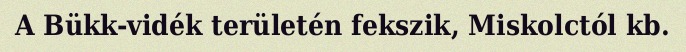
A Bükk-vidék területén fekszik, Miskolctól kb.